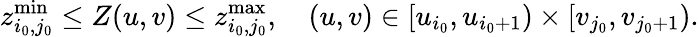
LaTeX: z_{i_{0},j_{0}}^{\operatorname*{min}}\le Z(u,v)\le z_{i_{0},j_{0}}^{\operatorname*{max}},\quad(u,v)\in\left[u_{i_{0}},u_{i_{0}+1}\right)\times\left[v_{j_{0}},v_{j_{0}+1}\right).